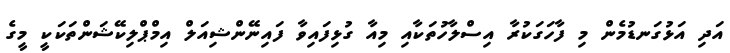
އަދި އަޅުގަނޑުމެން މި ފާހަގަކުރާ އިސްލާހުތަކާއި މިއާ ގުޅިފައިވާ ފައިނޭންޝިއަލް އިމްޕްލިކޭޝަންތަކަކީ މީގެ